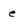
Character: e